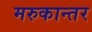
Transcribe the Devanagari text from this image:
मरुकान्तर